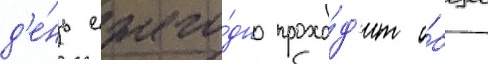
д'е́нь ежего́дно прохо́д'ит о́бщее